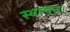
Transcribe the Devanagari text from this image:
स्थापन।